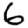
Digit: 6